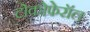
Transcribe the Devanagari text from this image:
टोकोफेरॉल